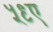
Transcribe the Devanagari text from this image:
५९ए